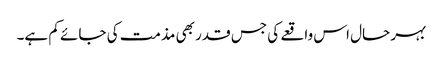
بہر حال اس واقعے کی جس قدر بھی مذمت کی جائے کم ہے۔